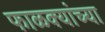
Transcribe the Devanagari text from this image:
फाळक्यांच्या